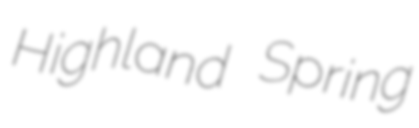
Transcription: Highland Spring